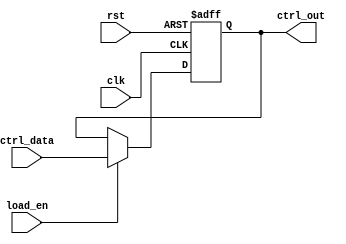
module control_register #(
    parameter N = 8  // Parameter for the width of the control register
)(
    input wire clk,               // Clock signal
    input wire rst,               // Asynchronous reset signal
    input wire [N-1:0] ctrl_data, // Parallel input bus for control signals
    input wire load_en,           // Load enable signal
    output reg [N-1:0] ctrl_out   // Parallel output bus for control register
);

// Asynchronous reset and loading behavior
always @(posedge clk or posedge rst) begin
    if (rst) begin
        ctrl_out <= {N{1'b0}}; // Reset control register to 0
    end else if (load_en) begin
        ctrl_out <= ctrl_data; // Load control data into register
    end
    // If load_en is not asserted, ctrl_out retains its previous value
end

endmodule